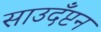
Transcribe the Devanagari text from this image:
साउदँप्टन